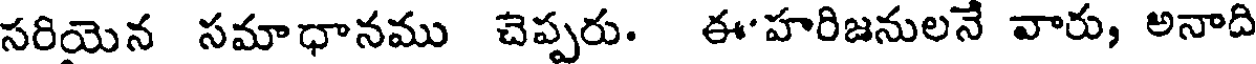
సరియైన సమాధానము చెప్పరు. ఈ'హరిజనులనే వారు, అనాది